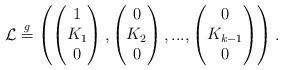
LaTeX: \begin{align*}\mathcal{L} \stackrel{{g}}{=} \left( \begin{pmatrix} 1 \\ {K}_1 \\ 0 \end{pmatrix}, \begin{pmatrix} 0 \\ {K}_2 \\ 0 \end{pmatrix},...,\begin{pmatrix} 0 \\ {K}_{k-1} \\ 0 \end{pmatrix}\right). \end{align*}